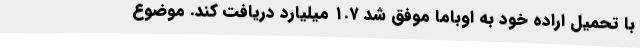
با تحمیل اراده خود به اوباما موفق شد ۱.۷ میلیارد دریافت کند. موضوع